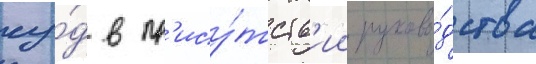
су́д в пр'ису́тств'ии руково́дства